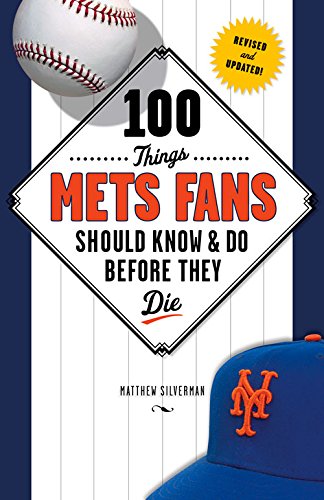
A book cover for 100 Things Mets Fans Should Know & Do Before They Die (100 Things...Fans Should Know); Matthew Silverman; Travel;